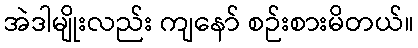
အဲဒါမျိုးလည်း ကျနော် စဉ်းစားမိတယ်။